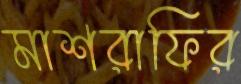
মাশরাফির